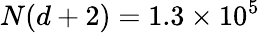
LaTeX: N(d+2)=1.3\times 10^{5}